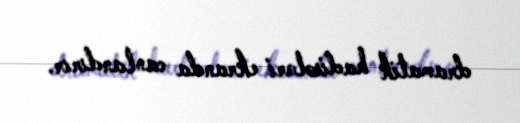
dramatik hadisələri ekranda canlandırır.